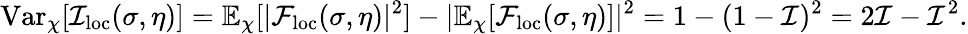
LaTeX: \mathrm{Var}_{\chi}[\mathcal{I}_{\mathrm{loc}}(\sigma,\eta)]=\mathbb{E}_{\chi}[|\mathcal{F}_{\mathrm{loc}}(\sigma,\eta)|^{2}]-|\mathbb{E}_{\chi}[\mathcal{F}_{\mathrm{loc}}(\sigma,\eta)]|^{2}=1-(1-\mathcal{I})^{2}=2\mathcal{I}-\mathcal{I}^{2}.